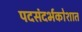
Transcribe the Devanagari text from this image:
पदसंदर्भकोशात